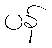
ပန်